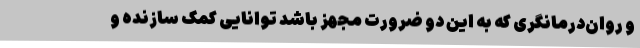
و روان‌درمانگری که به این دو ضرورت مجهز باشد توانایی کمک سازنده و